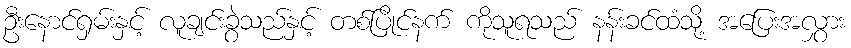
ဦးနောင်ရှမ်းနှင့် လူချင်းခွဲသည်နှင့် တစ်ပြိုင်နက် ကိုသူရသည် နန်းခင်ထံသို့ အပြေးအလွှား